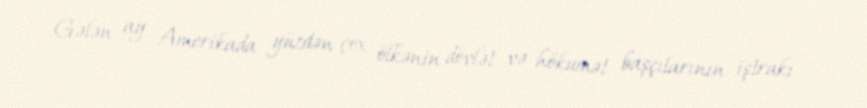
Gələn ay Amerikada yüzdən çox ölkənin dövlət və hökumət başçılarının iştrakı